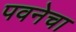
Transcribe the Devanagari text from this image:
पवनेचा